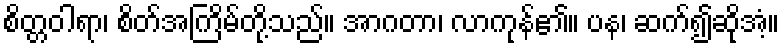
စိတ္တဝါရာ၊ စိတ်အကြိမ်တို့သည်။ အာဂတာ၊ လာကုန်၏။ ပန၊ ဆက်၍ဆိုအံ့။